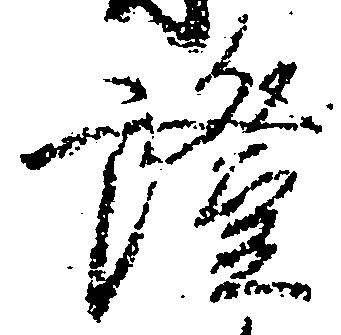
証